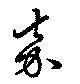
嘉